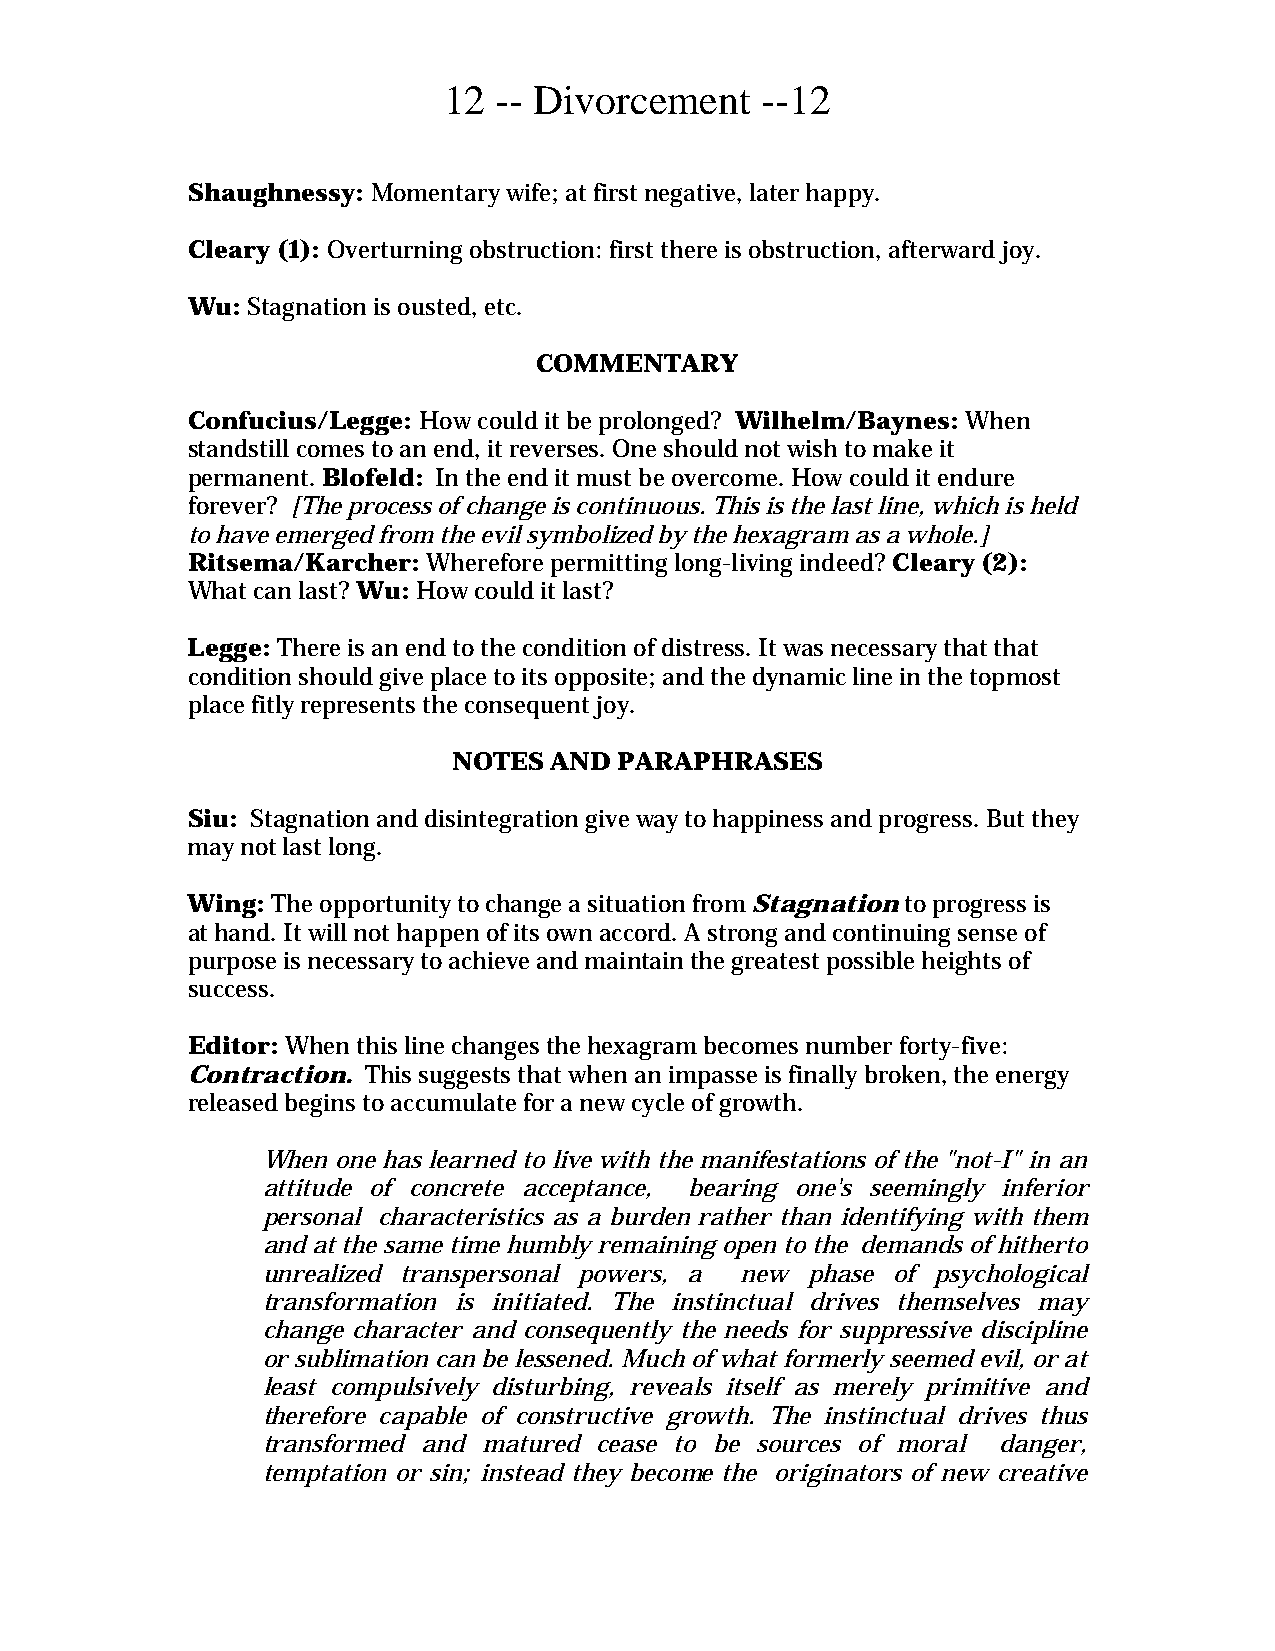
12  -- Divorcement   --12
 Shaughnessy: Momentary wife; at first negative, later happy.
 Cleary (1): Overturning obstruction: first there is obstruction, afterward joy.
 Wu: Stagnation is ousted, etc.
 COMMENTARY
 Confucius/Legge: How could it be prolonged? Wilhelm/Baynes: When
 standstill comes to an end, it reverses. One should not wish to make it
 permanent. Blofeld: In the end it must be overcome. How could it endure
 forever? [The process of change is continuous. This is the last line, which is held
 to have emerged from the evil symbolized by the hexagram as a whole.]
 Ritsema/Karcher: Wherefore permitting long-living indeed? Cleary (2):
 What can last? Wu: How could it last?
 Legge: There is an end to the condition of distress. It was necessary that that
 condition should give place to its opposite; and the dynamic line in the topmost
 place fitly represents the consequent joy.
 NOTES AND  PARAPHRASES
 Siu: Stagnation and disintegration give way to happiness and progress. But they
 may not last long.
 Wing: The opportunity to change a situation from Stagnation to progress is
 at hand. It will not happen of its own accord. A strong and continuing sense of
 purpose is necessary to achieve and maintain the greatest possible heights of
 success.
 Editor: When this line changes the hexagram becomes number forty-five:
 Contraction. This suggests that when an impasse is finally broken, the energy
 released begins to accumulate for a new cycle of growth.
 When one has learned to live with the manifestations of the "not-I" in an
 attitude of concrete acceptance, bearing one's seemingly inferior
 personal characteristics as a burden rather than identifying with them
 and at the same time humbly remaining open to the demands of hitherto
 unrealized transpersonal powers, a new phase of psychological
 transformation is initiated. The instinctual drives themselves may
 change character and consequently the needs for suppressive discipline
 or sublimation can be lessened. Much of what formerly seemed evil, or at
 least compulsively disturbing, reveals itself as merely primitive and
 therefore capable of constructive growth. The instinctual drives thus
 transformed and matured cease to be sources of moral danger,
 temptation or sin; instead they become the originators of new creative